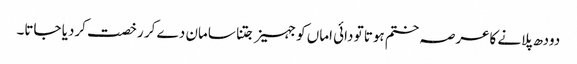
دودھ پلانے کاعرصہ ختم ہوتا تو دائی اماں کو جہیز جتنا سامان دے کر رخصت کردیا جاتا۔